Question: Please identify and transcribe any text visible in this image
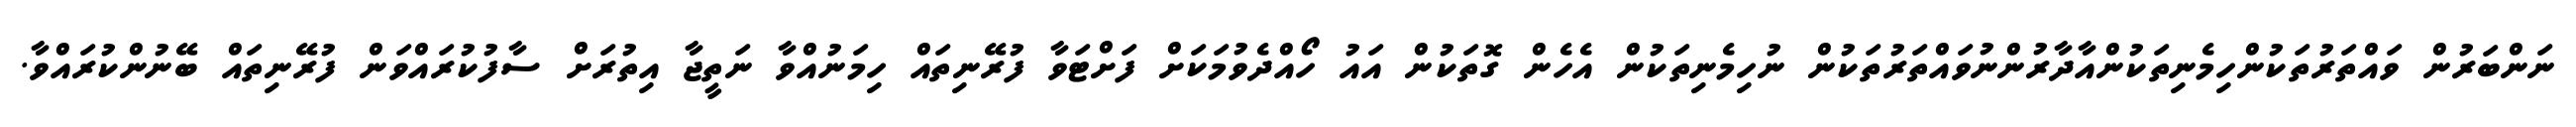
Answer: ނަންބަރުން ވައްތަރުތަކުންހިމެނިތަކުންއާދާރުންނުވައްތަރުތަކުން ނުހިމެނިތަކުން އެހެން ގޮތަކުން އައު ހޯއްދެވުމަކަށް ފަށްޓަވާ ފުރޭނިތައް ހިމަނުއްވާ ނަތީޖާ އިތުރަށް ސާފުކުރައްވަން ފުރޭނިތައް ބޭނުންކުރައްވާ.